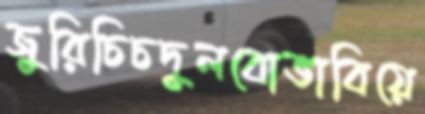
জুরিচিচদুলবোভাবিয়ে